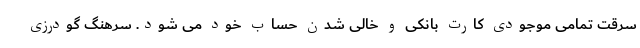
سرقت تمامی موجودی کارت بانکی و خالی شدن حساب خود می شود. سرهنگ گودرزی